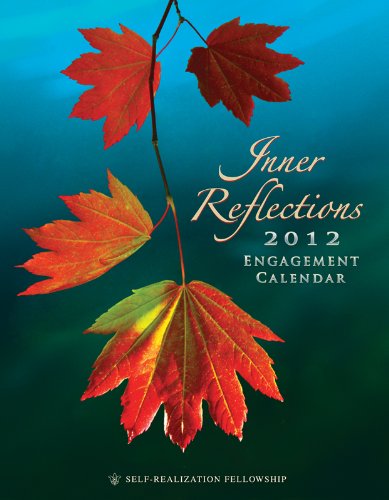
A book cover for Inner Reflections Engagement Calendar 2012; Self-Realization Fellowship; Calendars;